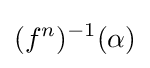
(f^{n})^{-1}(\alpha )